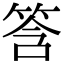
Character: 筨